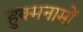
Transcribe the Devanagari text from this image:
हुक्मनामों